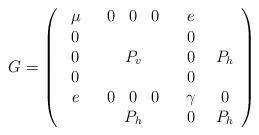
LaTeX: \begin{align*}G=\left(\begin{array}{cccc} \mu & \begin{array}{ccc} 0&0&0 \end{array} & e \\ \begin{array}{c} 0\\0\\0 \end{array}& P_v & \begin{array}{c} 0\\0\\0 \end{array} & P_h\\ e & \begin{array}{ccc} 0&0&0 \end{array} & \gamma & 0\\ & P_h & 0 & P_h\end{array}\right)\end{align*}